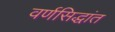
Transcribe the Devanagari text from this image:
वर्णसिद्धांत